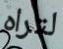
لتراه